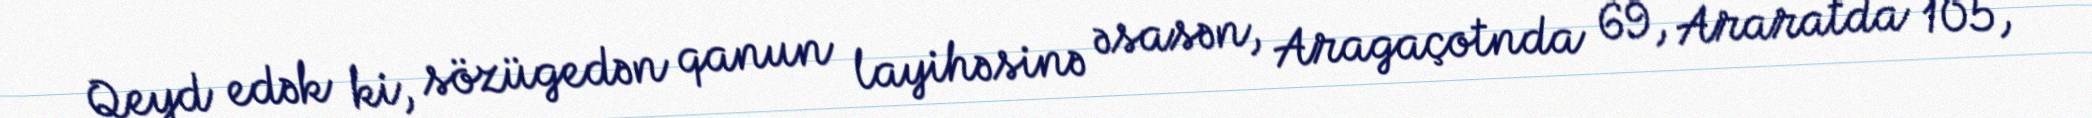
Qeyd edək ki, sözügedən qanun layihəsinə əsasən, Aragaçotnda 69, Araratda 105,